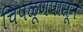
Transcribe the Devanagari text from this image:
चिपळूणपासून